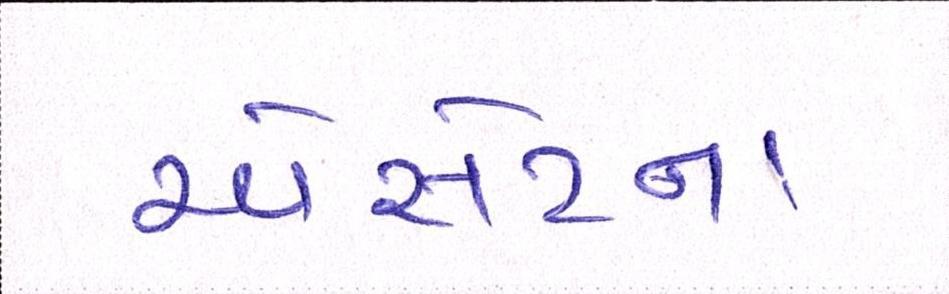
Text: એસેટના